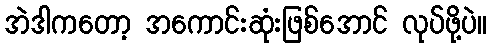
အဲဒါကတော့ အကောင်းဆုံးဖြစ်အောင် လုပ်ဖို့ပဲ။